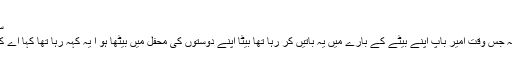
سعدیؒ
ہیں کہ جس وقت امیر باپ اپنے بیٹے کے بارے میں یہ باتیں کر رہا تھا بیٹا اپنے دوستوں کی محفل میں بیٹھا ہو ا یہ کہہ رہا تھا کہا اے کاش !